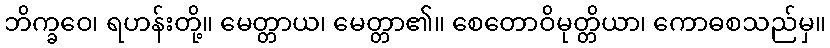
ဘိက္ခဝေ၊ ရဟန်းတို့။ မေတ္တာယ၊ မေတ္တာ၏။ စေတောဝိမုတ္တိယာ၊ ကောဓစသည်မှ။